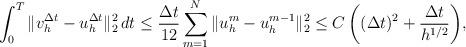
LaTeX: \begin{align*} \int_{0}^{T}\|v^{\Delta t}_{h}-u^{\Delta t}_{h}\|_{2}^2\,dt\leq\frac{\Delta t}{12} \sum_{m=1}^N\|u_h^m-u_h^{m-1}\|_{2}^2 \leq C\,\bigg((\Delta t)^{2}+\frac{\Delta t}{h^{1/2}}\bigg), \end{align*}